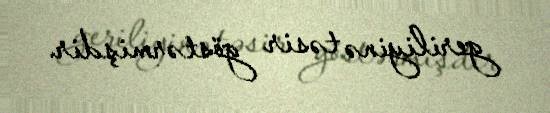
geriliyinə təsir göstərmişdir.